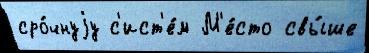
сро́чнуjу с'ист'е́м М'е́сто свы́ше